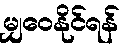
မျှဝေနိုင်ရန်